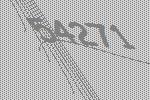
54271